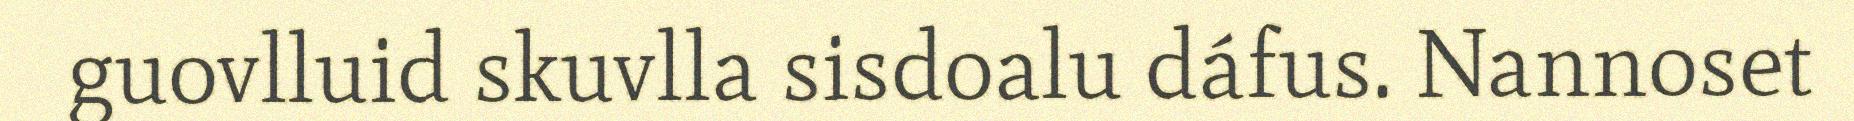
guovlluid skuvlla sisdoalu dáfus. Nannoset